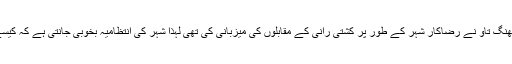
دس سال قبل دو ہزار آٹھ میں چین میں منعقد ہونے والے اولمپک مقابلوں میں چھنگ تاو نے رضاکار شہر کے طور پر کشتی رانی کے مقابلوں کی میزبانی کی تھی لہذا شہر کی انتظامیہ بخوبی جانتی ہے کہ کیسے عالمی سرگرمیاں شہر کی تعمیر و ترقی میں نمایاں کردار ادا کر سکتی ہیں۔